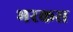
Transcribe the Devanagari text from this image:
भरकस